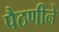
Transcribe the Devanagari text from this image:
पैठणीने